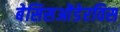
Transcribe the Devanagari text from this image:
बेसिसओंडेरविस